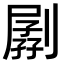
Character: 𠟉